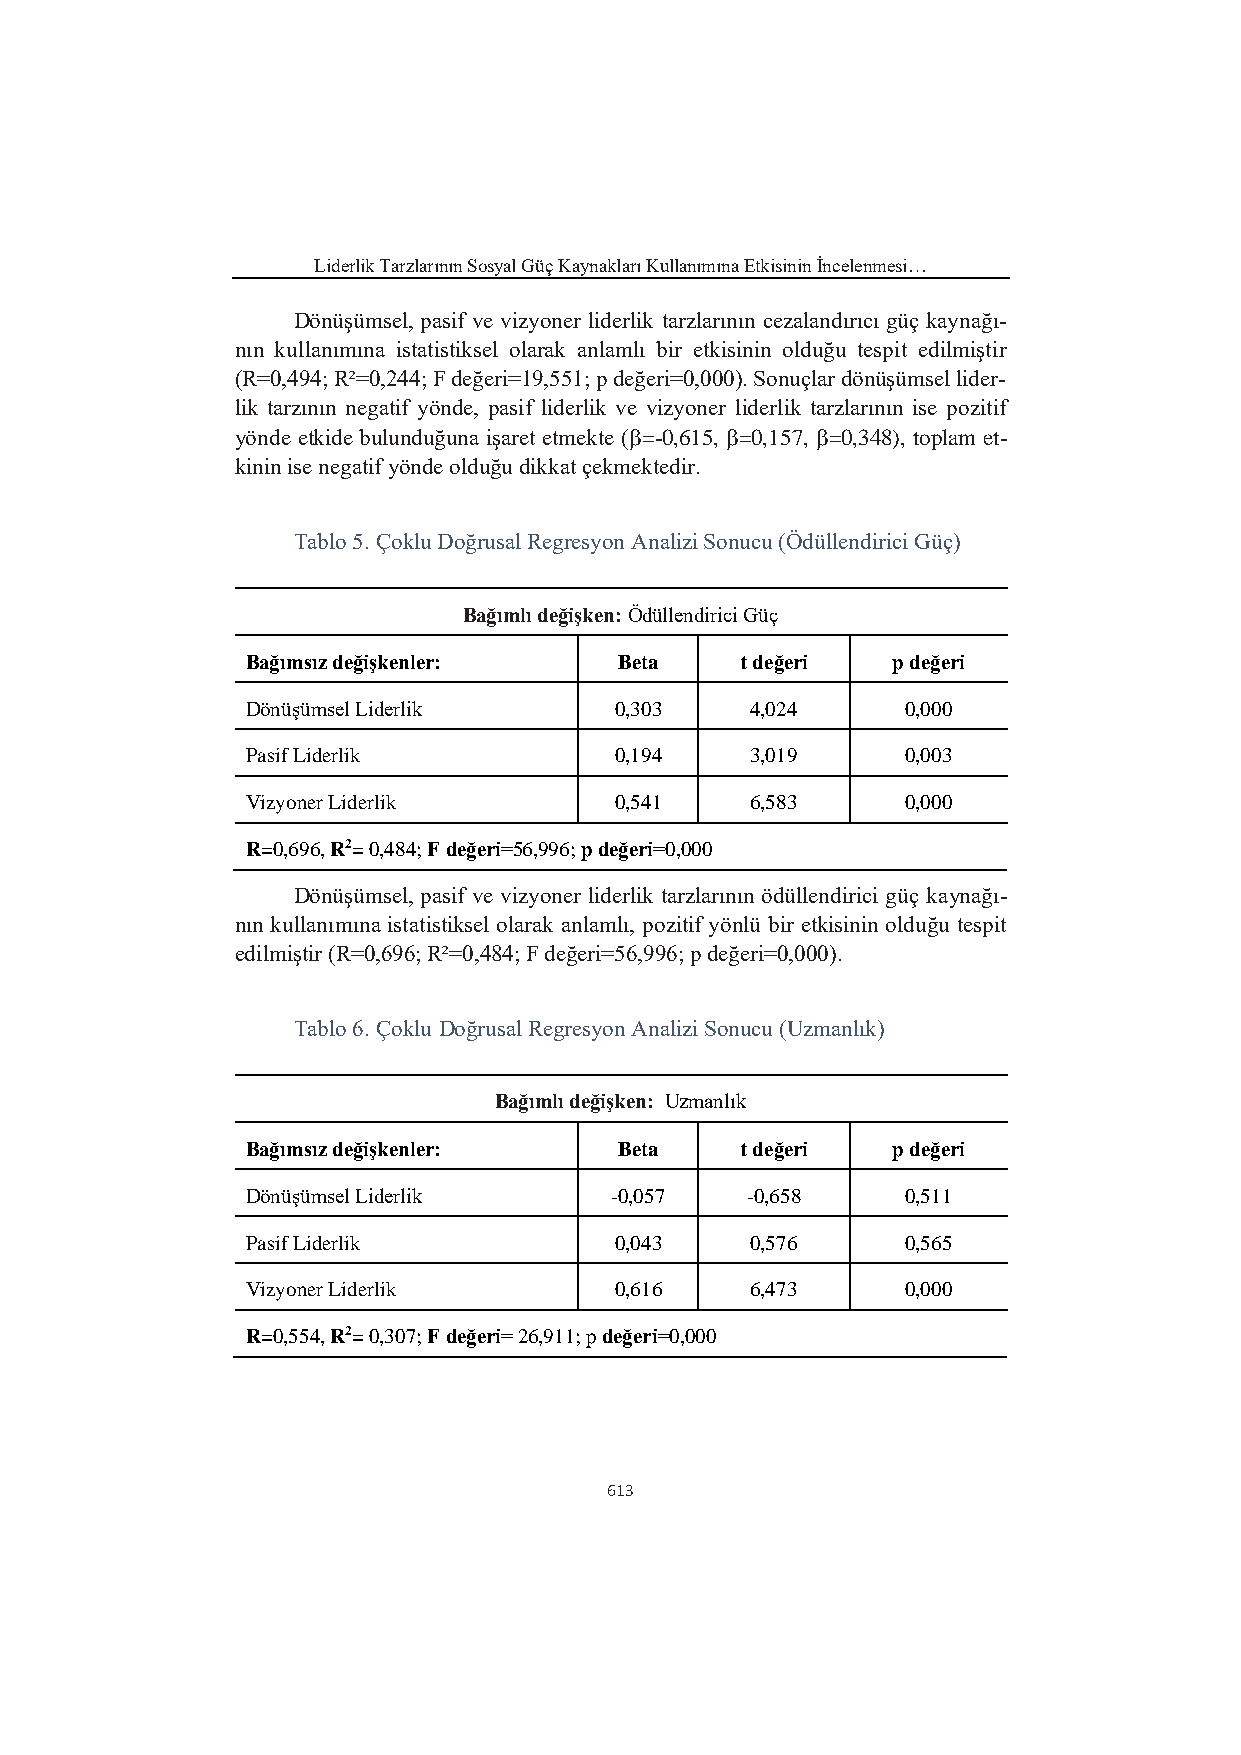
Liderlik Tarzlarının Sosyal Güç Kaynakları Kullanımına Etkisinin İncelenmesi…
 Dönüşümsel, pasif ve vizyoner liderlik tarzlarının cezalandırıcı güç kaynağı-
 nın kullanımına istatistiksel olarak anlamlı bir etkisinin olduğu tespit edilmiştir
 (R=0,494; R²=0,244; F değeri=19,551; p değeri=0,000). Sonuçlar dönüşümsel lider-
 lik tarzının negatif yönde, pasif liderlik ve vizyoner liderlik tarzlarının ise pozitif
 yönde etkide bulunduğuna işaret etmekte (=-0,615, =0,157, =0,348), toplam et-
 kinin ise negatif yönde olduğu dikkat çekmektedir.
 Tablo 5. Çoklu Doğrusal Regresyon Analizi Sonucu (Ödüllendirici Güç)
 Bağımlı değişken: Ödüllendirici Güç
 Bağımsız değişkenler:    Beta    t değeri  p değeri
 Dönüşümsel Liderlik      0,303    4,024     0,000
 Pasif Liderlik           0,194    3,019     0,003
 Vizyoner Liderlik        0,541    6,583     0,000
 R=0,696, R2= 0,484; F değeri=56,996; p değeri=0,000
 Dönüşümsel, pasif ve vizyoner liderlik tarzlarının ödüllendirici güç kaynağı-
 nın kullanımına istatistiksel olarak anlamlı, pozitif yönlü bir etkisinin olduğu tespit
 edilmiştir (R=0,696; R²=0,484; F değeri=56,996; p değeri=0,000).
 Tablo 6. Çoklu Doğrusal Regresyon Analizi Sonucu (Uzmanlık)
 Bağımlı değişken: Uzmanlık
 Bağımsız değişkenler:    Beta    t değeri  p değeri
 Dönüşümsel Liderlik     -0,057   -0,658     0,511
 Pasif Liderlik           0,043    0,576     0,565
 Vizyoner Liderlik        0,616    6,473     0,000
 R=0,554, R2= 0,307; F değeri= 26,911; p değeri=0,000
 613